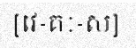
[វេ-គៈ-ស]